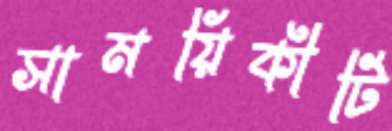
সাময়িকীটি